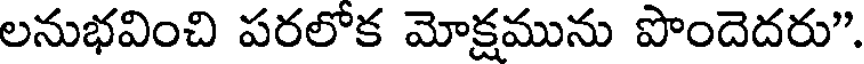
లనుభవించి పరలోక మోక్షమును పొందెదరు".